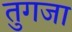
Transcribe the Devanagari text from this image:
तुगजा